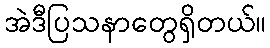
အဲဒီပြသနာတွေရှိတယ်။